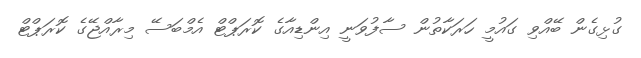
ގުޅިގެން ބޭއްވި ގައުމީ ހަރަކާތުން ސާފުވަނީ އިންޑިއާގެ ކޮރަޕްޓް އެމްބަސޭ މިރާއްޖޭގެ ކޮރަޕްޓް